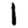
Digit: 1